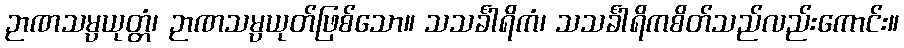
ဉာဏသမ္ပယုတ္တံ၊ ဉာဏသမ္ပယုတ်ဖြစ်သော။ သသင်္ခါရိကံ၊ သသင်္ခါရိကစိတ်သည်လည်းကောင်း။